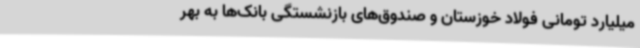
میلیارد تومانی فولاد خوزستان و صندوق‌های بازنشستگی بانک‌ها به بهر